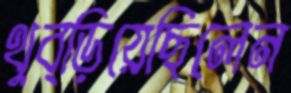
থুব্‌ড়িয়েছিলেন